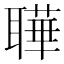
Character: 𬚦